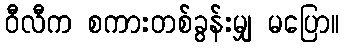
ဝီလီက စကားတစ်ခွန်းမျှ မပြော။